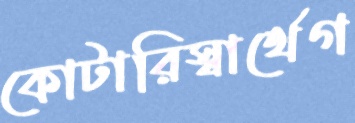
কোটারিস্বার্থেগ